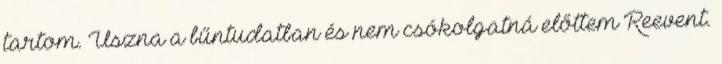
tartom. Úszna a bűntudatban és nem csókolgatná előttem Reevent.